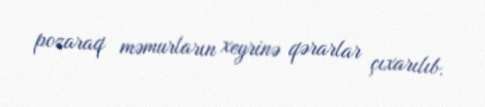
pozaraq məmurların xeyrinə qərarlar çıxarılıb.